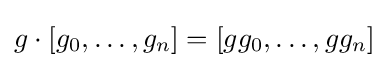
g\cdot [g_{0},\ldots ,g_{n}]=[gg_{0},\ldots ,gg_{n}]